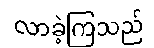
လာခဲ့ကြသည်